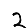
Digit: 2